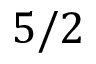
5 / 2